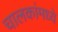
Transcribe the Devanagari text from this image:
चालकांमध्ये